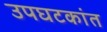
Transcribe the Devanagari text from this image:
उपघटकांत